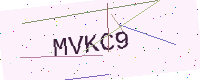
Text: MVKC9